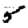
Digit: 5